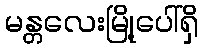
မန္တလေးမြို့ပေါ်ရှိ